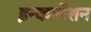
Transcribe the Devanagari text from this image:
इन्कार्नेशन